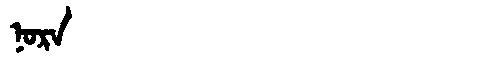
Manchu: ᠨᠣᡵᠠ
Romanization: NORA